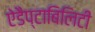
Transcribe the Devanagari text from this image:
ऐडैप्टाबिलिटी